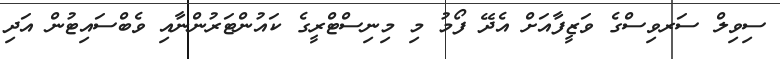
ސިވިލް ސަރވިސްގެ ވަޒީފާއަށް އެދޭ ފޯމު މި މިނިސްޓްރީގެ ކައުންޓަރުންނާއި ވެބްސައިޓުން އަދި